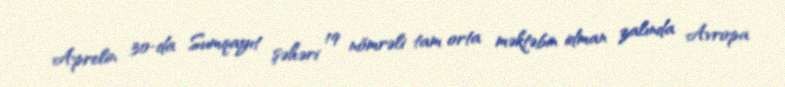
Aprelin 30-da Sumqayıt şəhəri 19 nömrəli tam orta məktəbin idman zalında Avropa